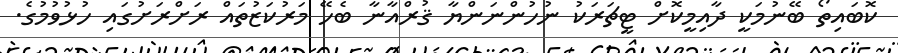
ކޮބައިތޯ ބޭނުމަކީ ދާއިމީކޮށް ޓީޗަރަކު ނުހުންނަންޔާ ޤުރްއާނާ ބެހޭ މަރުކަޒުތައް ރަށްރަށުގައި ހުޅުވުމުގެ.